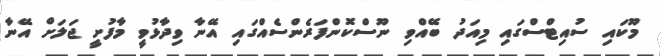
މޫކައި ސުއިޓްސްގައި މިއަދު ބޭއްވި ނޫސްކޮންފަރެންސެއްގައި އޭނާ ވިދާޅުވީ މާފުށީ ޖަލަށް އޭނާ